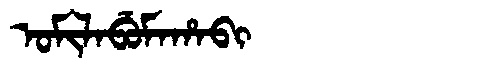
Manchu: ᠣᠮᡳᠯᠠᠪᡠᠮᠠᡥᠠᠪᡳ
Romanization: OMILABUMAHABI